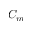
C _ { m }